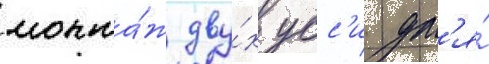
монта́ж дву́х усс'и дл'я́